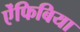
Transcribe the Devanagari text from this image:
ऐंफिबिया